Civil Veterinary Dept. Assam report 1927-50 - 1927-1950
Year: 1927
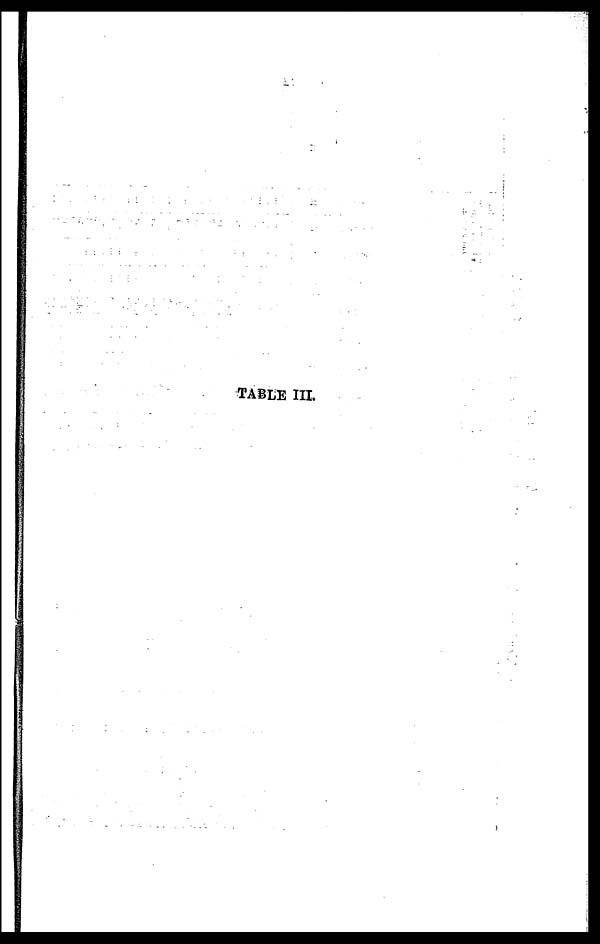
TABLE III.